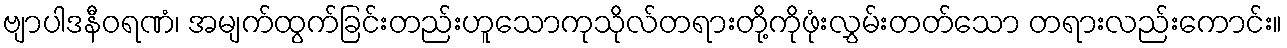
ဗျာပါဒနီဝရဏံ၊ အမျက်ထွက်ခြင်းတည်းဟူသောကုသိုလ်တရားတို့ကိုဖုံးလွှမ်းတတ်သော တရားလည်းကောင်း။